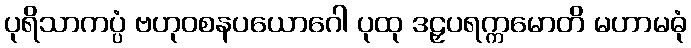
ပုရိသာကပ္ပံ ဗဟုဝစနပယောဂေါ ပုထု ဒဠှပရက္ကမောတိ မဟာမဓုံ